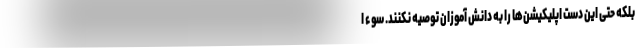
بلکه حتی این دست اپلیکیشن‌ها را به دانش آموزان توصیه نکنند. سوء ا